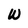
Character: W